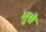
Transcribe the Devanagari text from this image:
भुसे